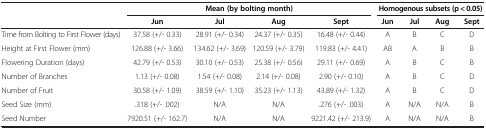
<table><thead><tr><td><b> </b></td><td colspan="4"><b>Mean (by bolting month)</b></td><td colspan="4"><b>Homogenous Subsets (p &lt; 0.05)</b></td></tr><tr><td><b> </b></td><td><b>Jun</b></td><td><b>Jul</b></td><td><b>Aug</b></td><td><b>Sept</b></td><td><b>Jun</b></td><td><b>Jul</b></td><td><b>Aug</b></td><td><b>Sept</b></td></tr></thead><tbody><tr><td>Time from Bolting to First Flower (days)</td><td>37.58 (+/- 0.33)</td><td>28.91 (+/- 0.34)</td><td>24.37 (+/- 0.35)</td><td>16.48 (+/- 0.44)</td><td>A</td><td>B</td><td>C</td><td>D</td></tr><tr><td>Height at First Flower (mm)</td><td>126.88 (+/- 3.66)</td><td>134.62 (+/- 3.69)</td><td>120.59 (+/- 3.79)</td><td>119.83 (+/- 4.41)</td><td>AB</td><td>A</td><td>B</td><td>B</td></tr><tr><td>Flowering Duration (days)</td><td>42.79 (+/- 0.53)</td><td>30.10 (+/- 0.53)</td><td>25.38 (+/- 0.56)</td><td>29.11 (+/- 0.69)</td><td>A</td><td>B</td><td>C</td><td>B</td></tr><tr><td>Number of Branches</td><td>1.13 (+/- 0.08)</td><td>1.54 (+/- 0.08)</td><td>2.14 (+/- 0.08)</td><td>2.90 (+/- 0.10)</td><td>A</td><td>B</td><td>C</td><td>D</td></tr><tr><td>Number of Fruit</td><td>30.58 (+/- 1.09)</td><td>38.59 (+/- 1.10)</td><td>35.23 (+/- 1.13)</td><td>43.89 (+/- 1.32)</td><td>A</td><td>B</td><td>C</td><td>D</td></tr><tr><td>Seed Size (mm)</td><td>.318 (+/- .002)</td><td>N/A</td><td>N/A</td><td>.276 (+/- .003)</td><td>A</td><td>N/A</td><td>N/A</td><td>B</td></tr><tr><td>Seed Number</td><td>7920.51 (+/- 162.7)</td><td>N/A</td><td>N/A</td><td>9221.42 (+/- 213.9)</td><td>A</td><td>N/A</td><td>N/A</td><td>B</td></tr></tbody></table>